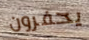
يحفرون